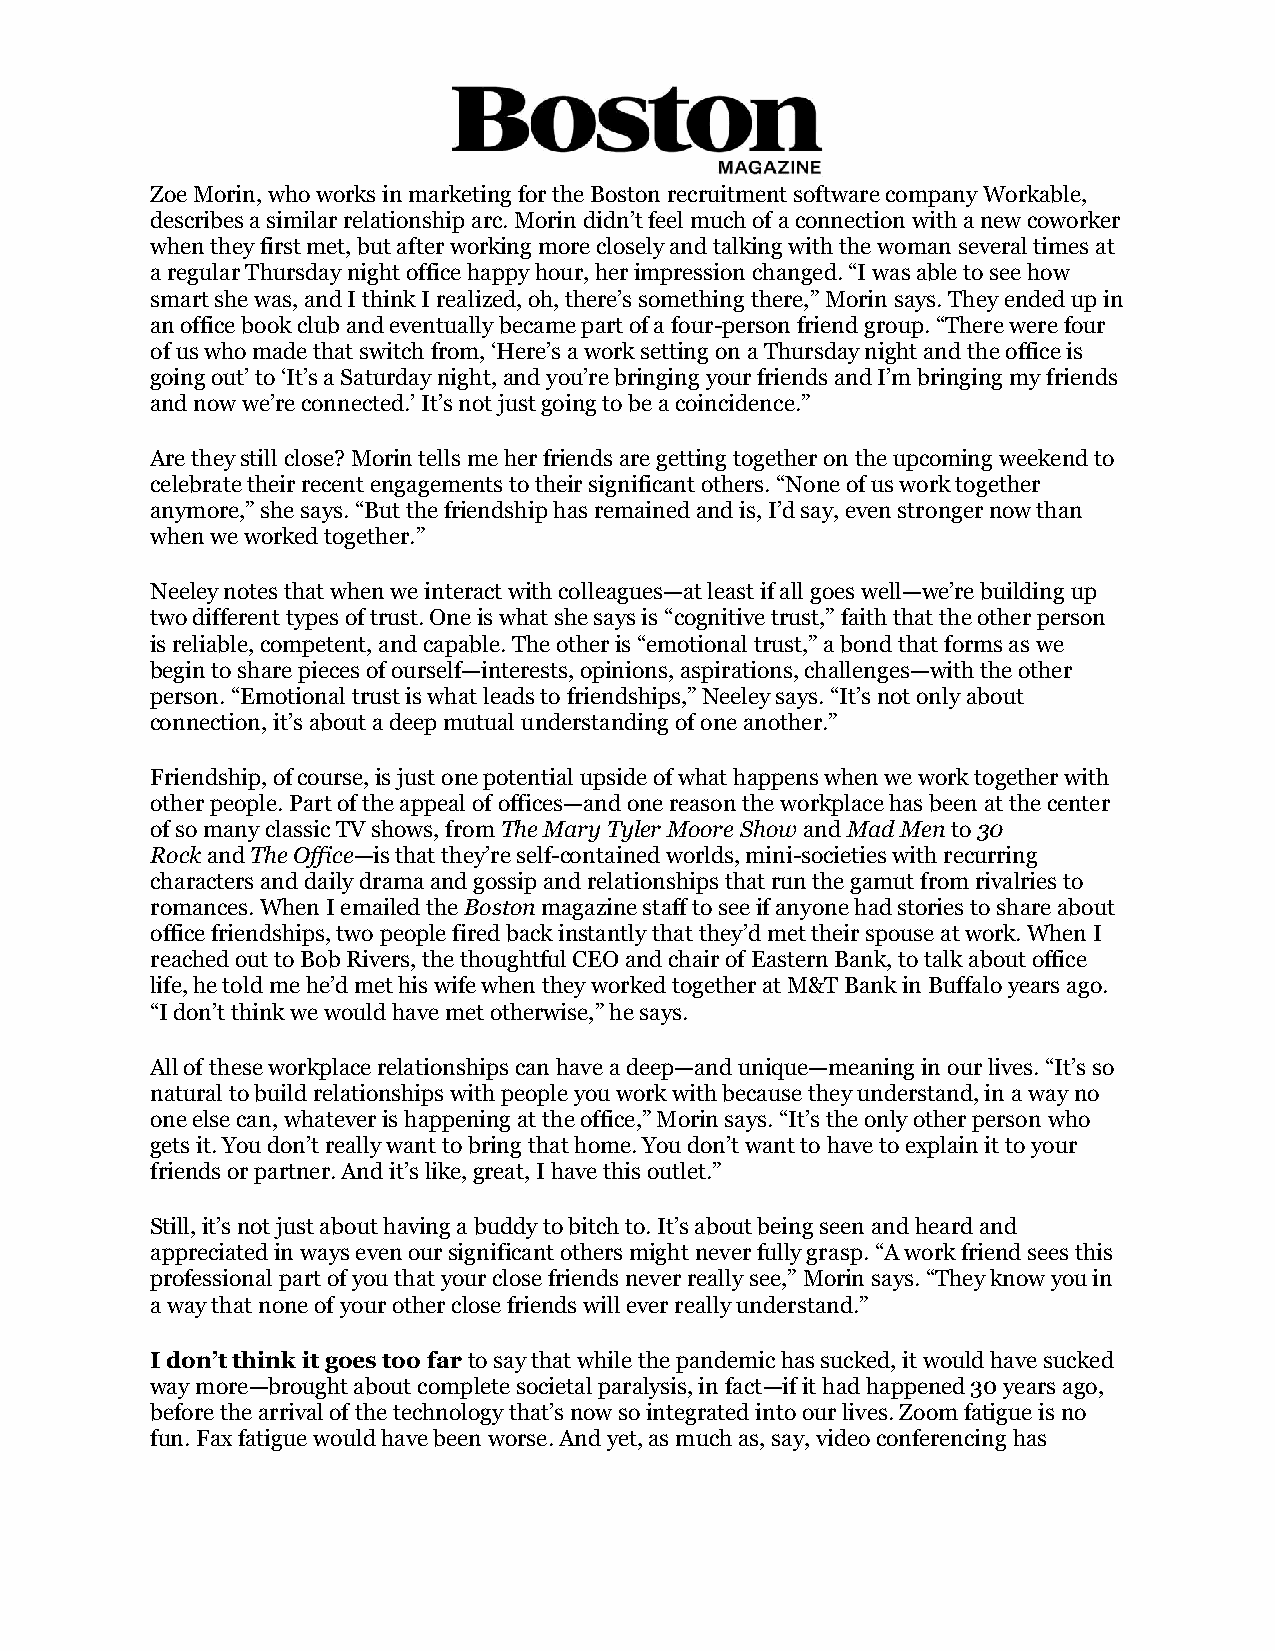
Zoe Morin, who works in marketing for the Boston recruitment software company Workable,
 describes a similar relationship arc. Morin didn’t feel much of a connection with a new coworker
 when they first met, but after working more closely and talking with the woman several times at
 a regular Thursday night office happy hour, her impression changed. “I was able to see how
 smart she was, and I think I realized, oh, there’s something there,” Morin says. They ended up in
 an office book club and eventually became part of a four-person friend group. “There were four
 of us who made that switch from, ‘Here’s a work setting on a Thursday night and the office is
 going out’ to ‘It’s a Saturday night, and you’re bringing your friends and I’m bringing my friends
 and now we’re connected.’ It’s not just going to be a coincidence.”
 Are they still close? Morin tells me her friends are getting together on the upcoming weekend to
 celebrate their recent engagements to their significant others. “None of us work together
 anymore,” she says. “But the friendship has remained and is, I’d say, even stronger now than
 when we worked together.”
 Neeley notes that when we interact with colleagues—at least if all goes well—we’re building up
 two different types of trust. One is what she says is “cognitive trust,” faith that the other person
 is reliable, competent, and capable. The other is “emotional trust,” a bond that forms as we
 begin to share pieces of ourself—interests, opinions, aspirations, challenges—with the other
 person. “Emotional trust is what leads to friendships,” Neeley says. “It’s not only about
 connection, it’s about a deep mutual understanding of one another.”
 Friendship, of course, is just one potential upside of what happens when we work together with
 other people. Part of the appeal of offices—and one reason the workplace has been at the center
 of so many classic TV shows, from The Mary Tyler Moore Show and Mad Men to 30
 Rock and The Office—is that they’re self-contained worlds, mini-societies with recurring
 characters and daily drama and gossip and relationships that run the gamut from rivalries to
 romances. When I emailed the Boston magazine staff to see if anyone had stories to share about
 office friendships, two people fired back instantly that they’d met their spouse at work. When I
 reached out to Bob Rivers, the thoughtful CEO and chair of Eastern Bank, to talk about office
 life, he told me he’d met his wife when they worked together at M&T Bank in Buffalo years ago.
 “I don’t think we would have met otherwise,” he says.
 All of these workplace relationships can have a deep—and unique—meaning in our lives. “It’s so
 natural to build relationships with people you work with because they understand, in a way no
 one else can, whatever is happening at the office,” Morin says. “It’s the only other person who
 gets it. You don’t really want to bring that home. You don’t want to have to explain it to your
 friends or partner. And it’s like, great, I have this outlet.”
 Still, it’s not just about having a buddy to bitch to. It’s about being seen and heard and
 appreciated in ways even our significant others might never fully grasp. “A work friend sees this
 professional part of you that your close friends never really see,” Morin says. “They know you in
 a way that none of your other close friends will ever really understand.”
 I don’t think it goes too far to say that while the pandemic has sucked, it would have sucked
 way more—brought about complete societal paralysis, in fact—if it had happened 30 years ago,
 before the arrival of the technology that’s now so integrated into our lives. Zoom fatigue is no
 fun. Fax fatigue would have been worse. And yet, as much as, say, video conferencing has